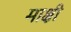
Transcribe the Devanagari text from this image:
माक्षी